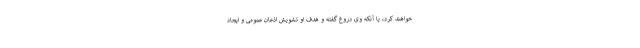
خواهند کرد، یا آنکه وی دروغ گفته و هدف او تشویش اذعان عمومی و ایجاد